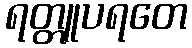
ရတ္တူပရတေ